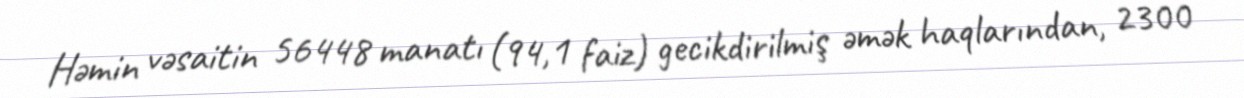
Həmin vəsaitin 56448 manatı (94,1 faiz) gecikdirilmiş əmək haqlarından, 2300